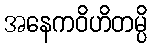
အနေကဝိဟိတမ္ပိ